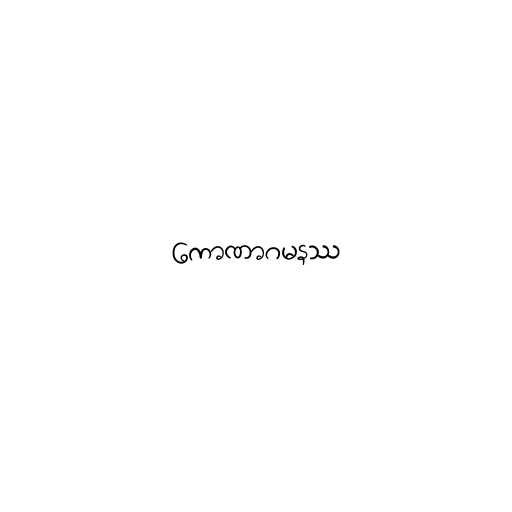
ကောဏာဂမနဿ